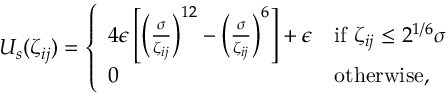
\begin{array} { r } { U _ { s } ( \zeta _ { i j } ) = \left\{ \begin{array} { l l } { 4 \epsilon \left[ \left( \frac { \sigma } { \zeta _ { i j } } \right) ^ { 1 2 } - \left( \frac { \sigma } { \zeta _ { i j } } \right) ^ { 6 } \right] + \epsilon } & { \mathrm { i f ~ } \zeta _ { i j } \leq 2 ^ { 1 / 6 } \sigma } \\ { 0 } & { \mathrm { o t h e r w i s e } , } \end{array} \right. } \end{array}